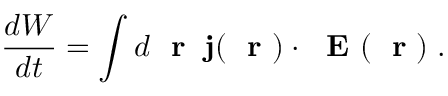
\frac { d W } { d t } = \int d \mathrm { ~ \bf ~ r ~ } \; { \bf j } ( \mathrm { ~ \bf ~ r ~ } ) \cdot \mathrm { ~ \bf ~ E ~ } ( \mathrm { ~ \bf ~ r ~ } ) \; .